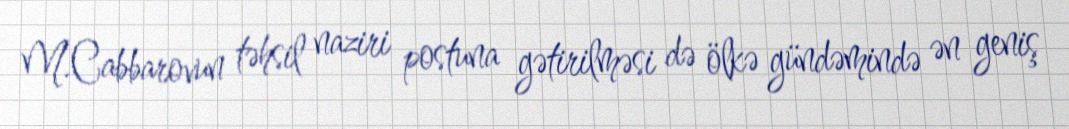
M.Cabbarovun təhsil naziri postuna gətirilməsi də ölkə gündəmində ən geniş